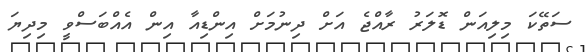
ސަތޭކަ މިލިއަން ޑޮލަރު ރާއްޖެ އަށް ދިނުމަށް އިންޑިއާ އިން އެއްބަސްވީ މިދިޔަ